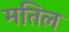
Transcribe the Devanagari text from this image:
मतिल